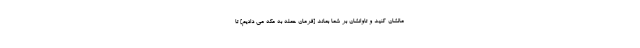
مالشان كنيد و تاوانشان بر شما بماند [فرمان حمله به مكه مى داديم] تا